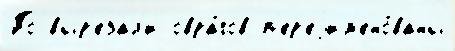
По выр'езал'и овра́гов п'ер'еjим'ено́ваны